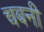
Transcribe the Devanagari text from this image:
चबनी